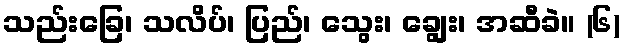
သည်းခြေ၊ သလိပ်၊ ပြည်၊ သွေး၊ ချွေး၊ အဆီခဲ။ (၆)